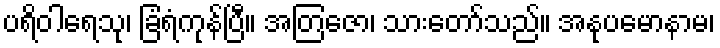
ပရိဝါရေသု၊ ခြံရံကုန်ပြီ။ အတြဇော၊ သားတော်သည်။ အနုပမောနာမ၊